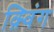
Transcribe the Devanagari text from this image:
क़्विंग